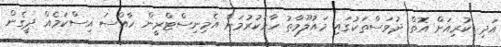
އަދި ކުރިއަށް އޮތް ދުވަސްތަކުގައި މައުލޫމާތު ހާމަކުރުމަށް އެމިނިސްޓްރީން ހާއްސަ އިސްކަމެއް ދީގެން